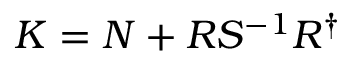
K = N + R S ^ { - 1 } R ^ { \dagger }